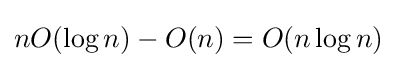
nO(\log n)-O(n)=O(n\log n)